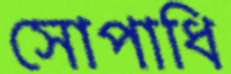
সোপাধি